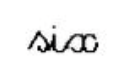
six